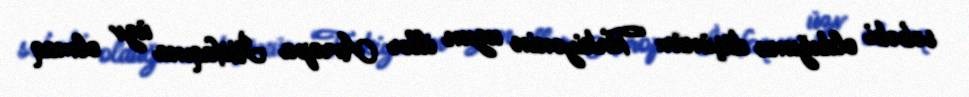
səbəbi olduğunu düşünür: “Türkiyənin uzun illər Avropa İttifaqına üzv olmaq